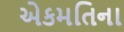
એકમતિના